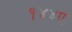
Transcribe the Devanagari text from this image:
१४४ए